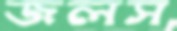
জলস